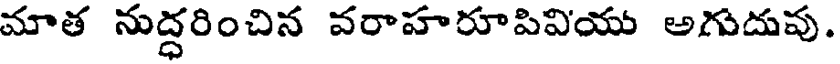
మాత నుద్ధరించిన వరాహరూపివియు అగుదువు.